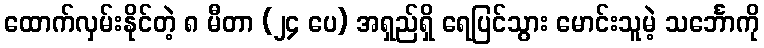
ထောက်လှမ်းနိုင်တဲ့ ၈ မီတာ (၂၄ ပေ) အရှည်ရှိ ရေပြင်သွား မောင်းသူမဲ့ သင်္ဘောကို